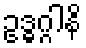
ဥဒ္ဓဂ္ဂါနိ